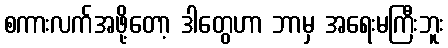
စကားလက်အဖို့တော့ ဒါတွေဟာ ဘာမှ အရေးမကြီးဘူး